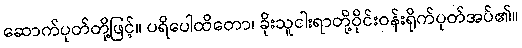
ဆောက်ပုတ်တို့ဖြင့်။ ပရိပေါထိတော၊ ခိုးသူငါးရာတို့ဝိုင်းဝန်းရိုက်ပုတ်အပ်၏။